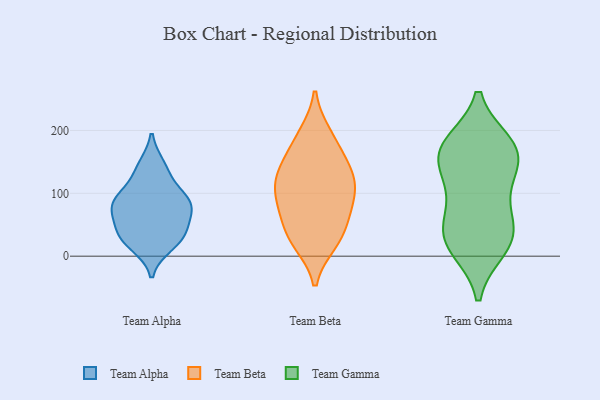
{"axis": {"x": "Net Income (USD K)", "y": "Value"}, "legend": ["Team Alpha", "Team Beta", "Team Gamma"], "data": [{"x": "", "y": 91, "type": "Team Alpha"}, {"x": "", "y": 34, "type": "Team Alpha"}, {"x": "", "y": 87, "type": "Team Alpha"}, {"x": "", "y": 33, "type": "Team Alpha"}, {"x": "", "y": 81, "type": "Team Alpha"}, {"x": "", "y": 86, "type": "Team Alpha"}, {"x": "", "y": 133, "type": "Team Alpha"}, {"x": "", "y": 79, "type": "Team Alpha"}, {"x": "", "y": 143, "type": "Team Alpha"}, {"x": "", "y": 56, "type": "Team Alpha"}, {"x": "", "y": 31, "type": "Team Alpha"}, {"x": "", "y": 18, "type": "Team Alpha"}, {"x": "", "y": 24, "type": "Team Beta"}, {"x": "", "y": 91, "type": "Team Beta"}, {"x": "", "y": 21, "type": "Team Beta"}, {"x": "", "y": 159, "type": "Team Beta"}, {"x": "", "y": 68, "type": "Team Beta"}, {"x": "", "y": 123, "type": "Team Beta"}, {"x": "", "y": 114, "type": "Team Beta"}, {"x": "", "y": 194, "type": "Team Beta"}, {"x": "", "y": 113, "type": "Team Beta"}, {"x": "", "y": 73, "type": "Team Beta"}, {"x": "", "y": 191, "type": "Team Beta"}, {"x": "", "y": 50, "type": "Team Beta"}, {"x": "", "y": 143, "type": "Team Beta"}, {"x": "", "y": 100, "type": "Team Beta"}, {"x": "", "y": 143, "type": "Team Beta"}, {"x": "", "y": 28, "type": "Team Beta"}, {"x": "", "y": 117, "type": "Team Gamma"}, {"x": "", "y": 25, "type": "Team Gamma"}, {"x": "", "y": 170, "type": "Team Gamma"}, {"x": "", "y": 46, "type": "Team Gamma"}, {"x": "", "y": 51, "type": "Team Gamma"}, {"x": "", "y": 165, "type": "Team Gamma"}, {"x": "", "y": 14, "type": "Team Gamma"}, {"x": "", "y": 164, "type": "Team Gamma"}, {"x": "", "y": 177, "type": "Team Gamma"}, {"x": "", "y": 24, "type": "Team Gamma"}, {"x": "", "y": 160, "type": "Team Gamma"}, {"x": "", "y": 101, "type": "Team Gamma"}]}